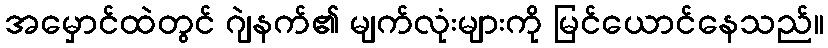
အမှောင်ထဲတွင် ဂျဲနက်၏ မျက်လုံးများကို မြင်ယောင်နေသည်။